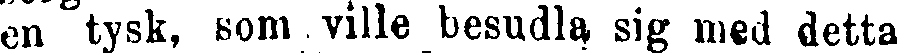
en tysk, som ville besudla sig med detta